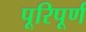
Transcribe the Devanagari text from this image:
पूरिपूर्ण